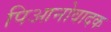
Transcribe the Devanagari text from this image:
पिआनोवादक